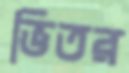
ভিতর